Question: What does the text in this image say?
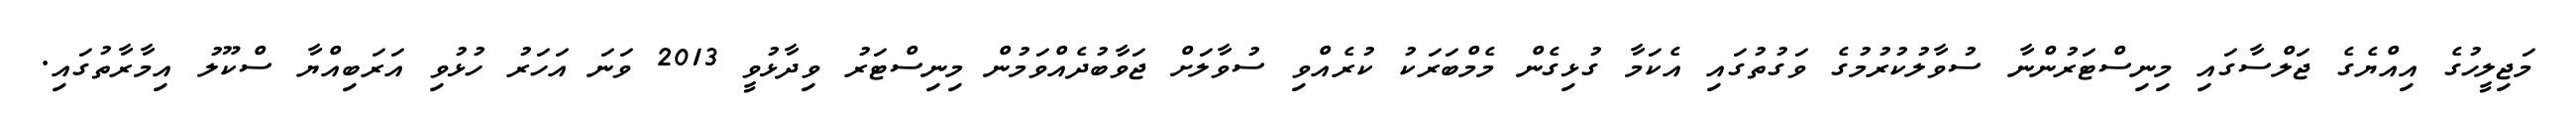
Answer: މަޖިލީހުގެ އިއްޔެގެ ޖަލްސާގައި މިނިސްޓަރުންނާ ސުވާލުކުރުމުގެ ވަގުތުގައި އެކަމާ ގުޅިގެން މެމްބަރަކު ކުރެއްވި ސުވާލަށް ޖަވާބުދެއްވަމުން މިނިސްޓަރު ވިދާޅުވީ 2013 ވަނަ އަހަރު ހުޅުވި އަރަބިއްޔާ ސްކޫލު އިމާރާތުގައި.